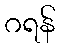
ဂရန်